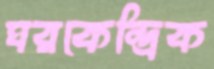
ঘরকেন্দ্রিক